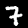
Digit: 7